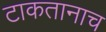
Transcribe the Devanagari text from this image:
टाकतानाच